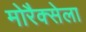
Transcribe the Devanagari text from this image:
मोरैक्सेला